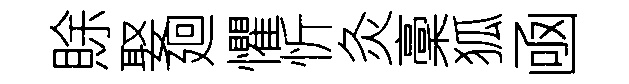
賖娶廻懼忻灸稾狐凾